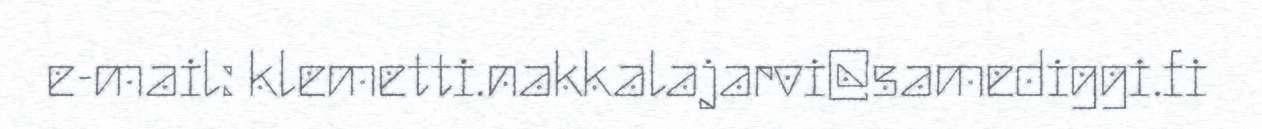
e-mail: klemetti.nakkalajarvi@samediggi.fi